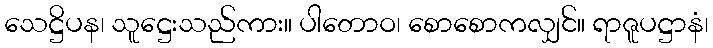
သေဋ္ဌိပန၊ သူဋ္ဌေးသည်ကား။ ပါတောဝ၊ စောစောကလျှင်။ ရာဇူပဋ္ဌာနံ၊